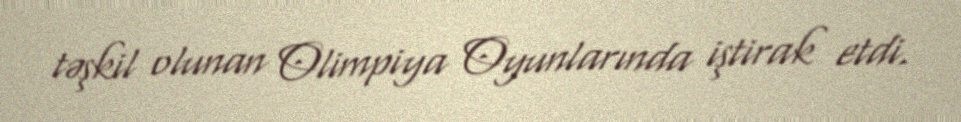
təşkil olunan Olimpiya Oyunlarında iştirak etdi.